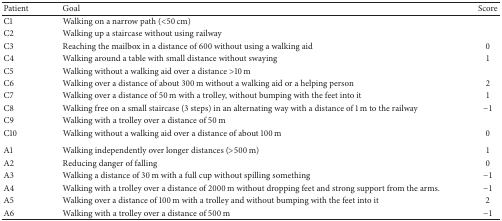
<table><thead><tr><td><b>Patient</b></td><td><b>Goal</b></td><td><b>Score</b></td></tr></thead><tbody><tr><td>C1</td><td>Walking on a narrow path (&lt;50 cm)</td><td>[EMPTY_CELL]</td></tr><tr><td>C2</td><td>Walking up a staircase without using railway </td><td>[EMPTY_CELL]</td></tr><tr><td>C3</td><td>Reaching the mailbox in a distance of 600 without using a walking aid</td><td>0</td></tr><tr><td>C4</td><td>Walking around a table with small distance without swaying</td><td>1</td></tr><tr><td>C5</td><td>Walking without a walking aid over a distance &gt;10 m</td><td>[EMPTY_CELL]</td></tr><tr><td>C6</td><td>Walking over a distance of about 300 m without a walking aid or a helping person</td><td>2</td></tr><tr><td>C7</td><td>Walking over a distance of 50 m with a trolley, without bumping with the feet into it </td><td>1</td></tr><tr><td>C8</td><td>Walking free on a small staircase (3 steps) in an alternating way with a distance of 1 m to the railway </td><td>−1</td></tr><tr><td>C9</td><td>Walking with a trolley over a distance of 50 m </td><td>[EMPTY_CELL]</td></tr><tr><td>C10</td><td>Walking without a walking aid over a distance of about 100 m</td><td>0</td></tr><tr><td>A1</td><td>Walking independently over longer distances (&gt;500 m)</td><td>1</td></tr><tr><td>A2</td><td>Reducing danger of falling </td><td>0</td></tr><tr><td>A3</td><td>Walking a distance of 30 m with a full cup without spilling something </td><td>−1</td></tr><tr><td>A4</td><td>Walking with a trolley over a distance of 2000 m without dropping feet and strong support from the arms. </td><td>−1</td></tr><tr><td>A5</td><td>Walking over a distance of 100 m with a trolley and without bumping with the feet into it </td><td>2</td></tr><tr><td>A6</td><td>Walking with a trolley over a distance of 500 m </td><td>−1</td></tr></tbody></table>